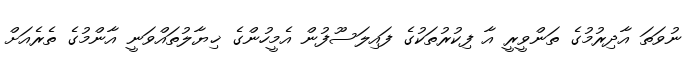
ނުވަތަ އާދިރުމުގެ ތަންވީރީ އާ ފިކުރުތަކުގެ ފައިލަސޫފުން އެމީހުންގެ ޚިޔާލުތައްވަނީ އާންމުގެ ތެރެއަށް